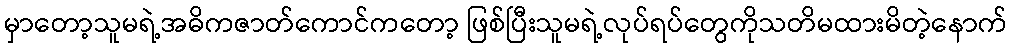
မှာတော့သူမရဲ့အဓိကဇာတ်ကောင်ကတော့ ဖြစ်ပြီးသူမရဲ့လုပ်ရပ်တွေကိုသတိမထားမိတဲ့နောက်